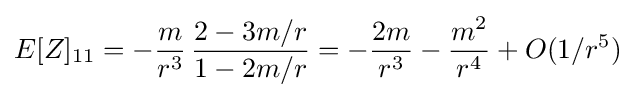
E[Z]_{11}=-{\frac {m}{r^{3}}}\,{\frac {2-3m/r}{1-2m/r}}=-{\frac {2m}{r^{3}}}-{\frac {m^{2}}{r^{4}}}+O(1/r^{5})